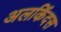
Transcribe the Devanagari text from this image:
अलकिंदस